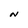
Character: N